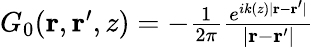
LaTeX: \begin{array}{r}{G_{0}(\mathbf r,\mathbf r^{\prime},z)=-\frac 1{2\pi}\frac{e^{ik(z)|\mathbf r-\mathbf r^{\prime}|}}{|\mathbf r-\mathbf r^{\prime}|}}\end{array}